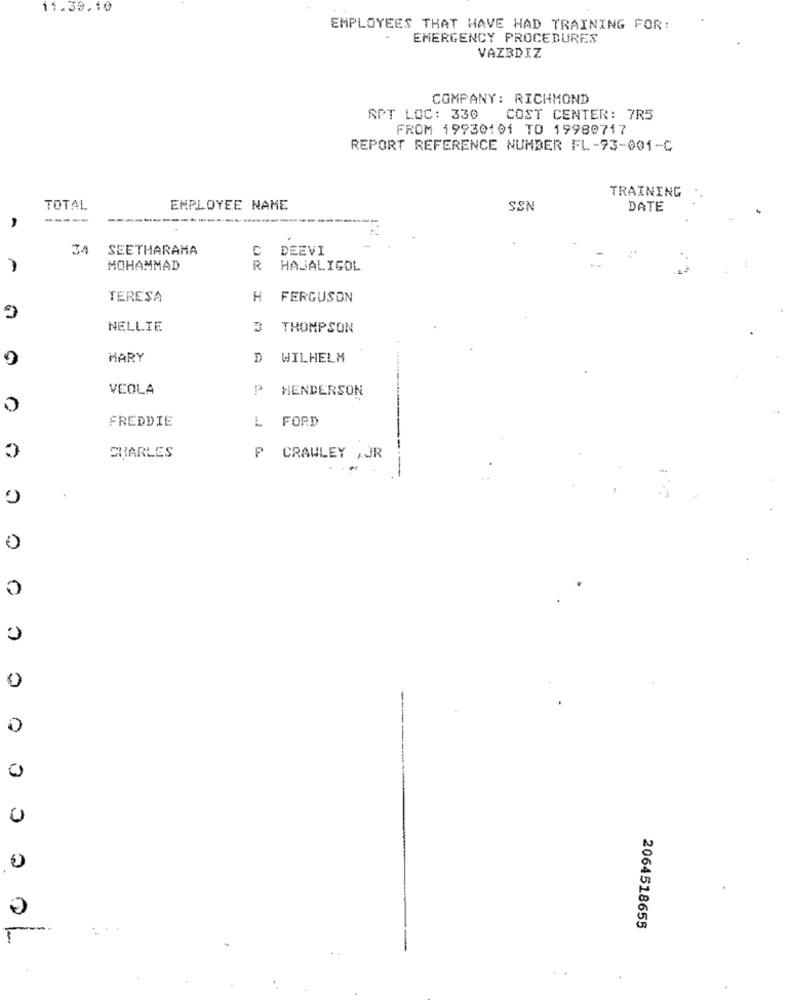
11.30.10
EMPLOYEES THAT HAVE HAD TRAINING FOR:
EMERGENCY PROCEDURES
VAZBDIZ
COMPANY: RICHMOND
APT LOC: 330
COST CENTER: 7R5
FROM 19930101 TO 19980717
REPORT REFERENCE NUMBER FL-73-001-C
TRAINING
TOTAL
EMPLOYEE NAME
SSN
DATE
----
-----
34
SEETHARAMA
C
DEEVI
MOHAMMAD
R
HAJALIGOL
TERESA
H
FERGUSON
NELLIE
3
THOMPSON
MARY
D
WILHELM
VEOLA
P
HENDERSON
FREDDIE
L FORD
CHARLES
P CRAWLEY , JR
0
0
0
0
0
3
0
2064518655
..